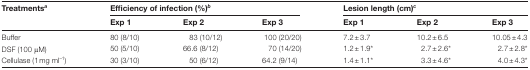
<table><thead><tr><td><b>Treatments<sup><i>a</i></sup></b></td><td colspan="3"><b>Efficiency of infection (%)<sup><i>b</i></sup></b></td><td colspan="3"><b>Lesion length (cm)<sup><i>c</i></sup></b></td></tr><tr><td></td><td><b>Exp 1</b></td><td><b>Exp 2</b></td><td><b>Exp 3</b></td><td><b>Exp 1</b></td><td><b>Exp 2</b></td><td><b>Exp 3</b></td></tr></thead><tbody><tr><td>Buffer</td><td>80 (8/10)</td><td>83 (10/12)</td><td>100 (20/20)</td><td>7.2±3.7</td><td>10.2±6.5</td><td>10.05±4.3</td></tr><tr><td>DSF (100 μM)</td><td>50 (5/10)</td><td>66.6 (8/12)</td><td>70 (14/20)</td><td>1.2±1.9*</td><td>2.7±2.6*</td><td>2.7±2.8*</td></tr><tr><td>Cellulase (1mg ml<sup>–1</sup>)</td><td>30 (3/10)</td><td>50 (6/12)</td><td>64.2 (9/14)</td><td>1.4±1.1*</td><td>3.3±4.6*</td><td>4.0±4.3*</td></tr></tbody></table>